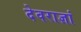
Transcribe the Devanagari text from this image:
देवराज्ञां